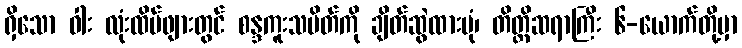
ရှိသော ဝါး လုံးထိပ်ဖျားတွင် စန္ဒကူးသပိတ်ကို ချိတ်ဆွဲထားပုံ၊ တိတ္ထိဆရာကြီး ၆-ယောက်တို့မှာ